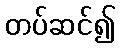
တပ်ဆင်၍